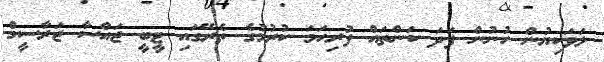
ލަވަކިޔުން ހުނުން ފަދަ ކަންތައް ފުރިހަމަ ކުރުމުގެ ތެރޭގައި ޓީބީ ޖައްސާ ޖަރާސީމް